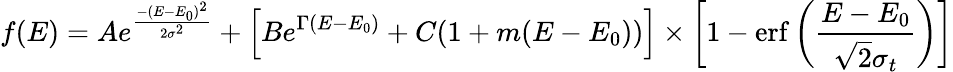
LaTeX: f(E)=Ae^{\frac{-(E-E_{0})^{2}}{2\sigma^{2}}}+\left[Be^{\Gamma(E-E_{0})}+C(1+m(E-E_{0}))\right]\times\left[1-\mathrm{erf}\left({\frac{E-E_{0}}{\sqrt{2}\sigma_{t}}}\right)\right]